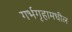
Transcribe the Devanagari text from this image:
गर्भगृहामधील